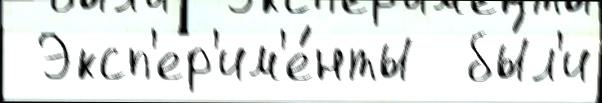
 Эксп'ер'им'е́нты  бы́л'и